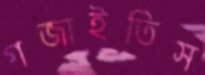
গজাইতিস